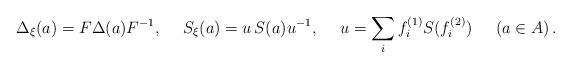
\begin{align*}\Delta_\xi (a)=F\Delta(a)F^{-1},\quad\;S_\xi(a)=u\,S(a)u^{-1},\quad\;u= \sum_i f^{(1)}_{i}S(f^{(2)}_i)\,\quad\;(a\in A)\,.\end{align*}